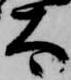
太